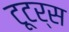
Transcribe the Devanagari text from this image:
टूटर्स